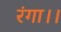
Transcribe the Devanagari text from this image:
रंगा।।